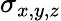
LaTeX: \sigma_{x,y,z}